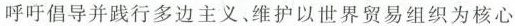
呼吁倡导并践行多边主义﹑维护以世界贸易组织为核心